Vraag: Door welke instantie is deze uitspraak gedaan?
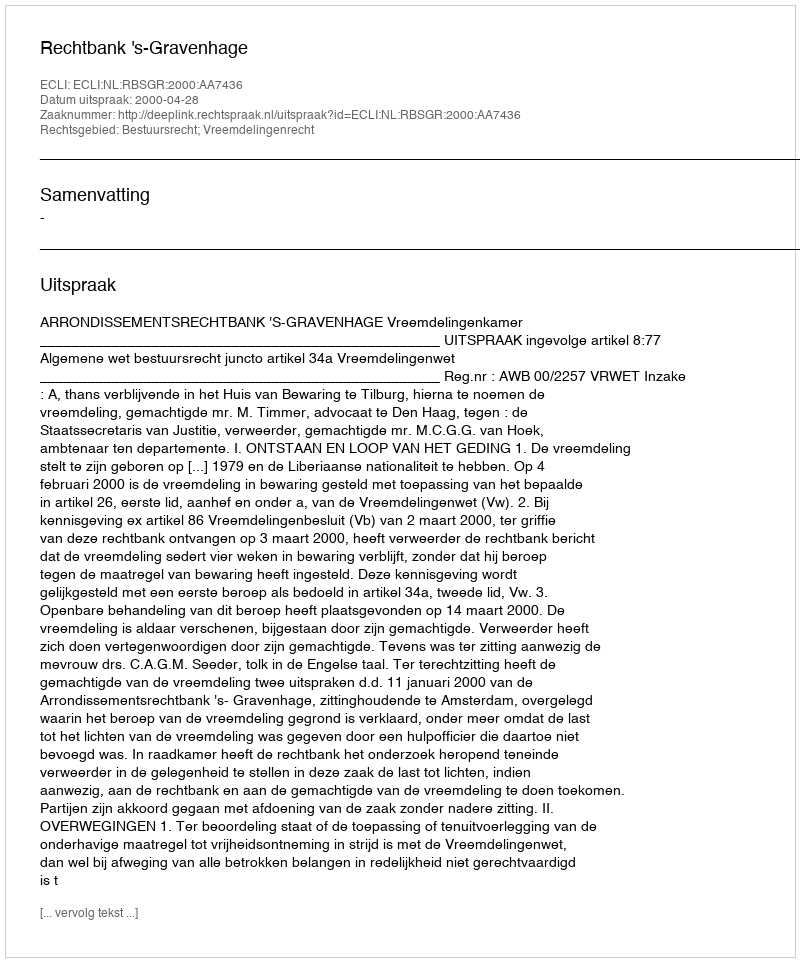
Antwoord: Rechtbank 's-Gravenhage